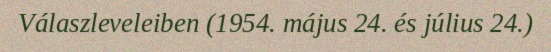
Válaszleveleiben (1954. május 24. és július 24.)